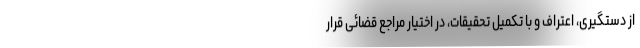
از دستگیری، اعتراف و با تکمیل تحقیقات، در اختیار مراجع قضائی قرار